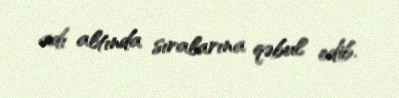
adı altında sıralarına qəbul edib.